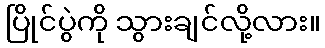
ပြိုင်ပွဲကို သွားချင်လို့လား။